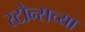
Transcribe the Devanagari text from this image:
स्टोन्सच्या